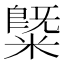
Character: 䊠